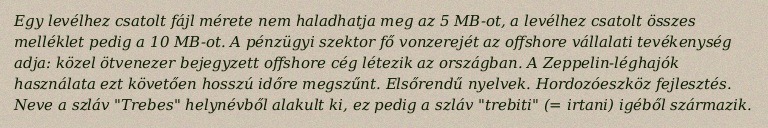
Egy levélhez csatolt fájl mérete nem haladhatja meg az 5 MB-ot, a levélhez csatolt összes melléklet pedig a 10 MB-ot. A pénzügyi szektor fő vonzerejét az offshore vállalati tevékenység adja: közel ötvenezer bejegyzett offshore cég létezik az országban. A Zeppelin-léghajók használata ezt követően hosszú időre megszűnt. Elsőrendű nyelvek. Hordozóeszköz fejlesztés. Neve a szláv "Trebes" helynévből alakult ki, ez pedig a szláv "trebiti" (= irtani) igéből származik.